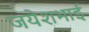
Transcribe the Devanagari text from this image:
जयेशभाई